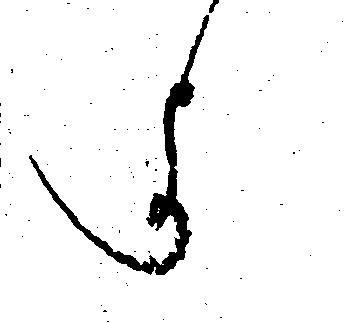
よ